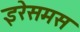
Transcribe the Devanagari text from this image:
इरेसमस